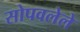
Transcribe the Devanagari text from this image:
सोपवलेले